Indian journal of veterinary science and animal husbandry - Volumes 22-23, 1952-1953
Year: 1952
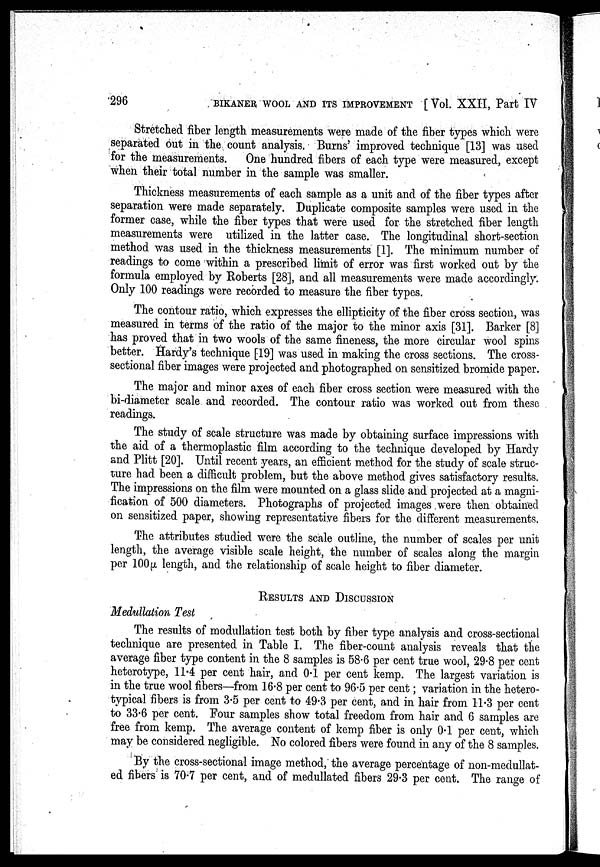
296
BIKANER WOOL AND ITS IMPROVEMENT [Vol. XXII, Part IV
Stretched fiber length measurements were made of the fiber types which were
separated out in the count analysis. Burns' improved technique [13] was used
for the measurements. One hundred fibers of each type were measured, except
when their total number in the sample was smaller.
Thickness measurements of each sample as a unit and of the fiber types after
separation were made separately. Duplicate composite samples were used in the
former case, while the fiber types that were used for the stretched fiber length
measurements were utilized in the latter case. The longitudinal short-section
method was used in the thickness measurements [1]. The minimum number of
readings to come within a prescribed limit of error was first worked out by the
formula employed by Roberts [28], and all measurements were made accordingly.
Only 100 readings were recorded to measure the fiber types.
The contour ratio, which expresses the ellipticity of the fiber cross section, was
measured in terms of the ratio of the major to the minor axis [31]. Barker [8]
has proved that in two wools of the same fineness, the more circular wool spins
better. Hardy's technique [19] was used in making the cross sections. The cross-
sectional fiber images were projected and photographed on sensitized bromide paper.
The major and minor axes of each fiber cross section were measured with the
bi-diameter scale and recorded. The contour ratio was worked out from these
readings.
The study of scale structure was made by obtaining surface impressions with
the aid of a thermoplastic film according to the technique developed by Hardy
and Plitt [20]. Until recent years, an efficient method for the study of scale struc-
ture had been a difficult problem, but the above method gives satisfactory results.
The impressions on the film were mounted on a glass slide and projected at a magni-
fication of 500 diameters. Photographs of projected images were then obtained
on sensitized paper, showing representative fibers for the different measurements.
The attributes studied were the scale outline, the number of scales per unit
length, the average visible scale height, the number of scales along the margin
per 100µ length, and the relationship of scale height to fiber diameter.
RESULTS AND DISCUSSION
Medullation Test
The results of modullation test both by fiber type analysis and cross-sectional
technique are presented in Table I. The fiber-count analysis reveals that the
average fiber type content in the 8 samples is 58.6 per cent true wool, 29.8 per cent
heterotype, 11.4 per cent hair, and 0.1 per cent kemp. The largest variation is
in the true wool fibers—from 16.8 per cent to 96.5 per cent; variation in the hetero-
typical fibers is from 3.5 per cent to 49.3 per cent, and in hair from 11.3 per cent
to 33.6 per cent. Four samples show total freedom from hair and 6 samples are
free from kemp. The average content of kemp fiber is only 0.1 per cent, which
may be considered negligible. No colored fibers were found in any of the 8 samples.
By the cross-sectional image method, the average percentage of non-medullat-
ed fibers is 70.7 per cent, and of medullated fibers 29.3 per cent. The range of